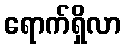
ရောက်ရှိလာ